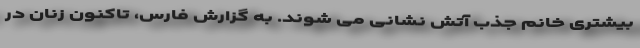
بیشتری خانم جذب آتش نشانی می شوند. به گزارش فارس، تاکنون زنان در